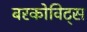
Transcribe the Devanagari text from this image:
बरकोविट्स